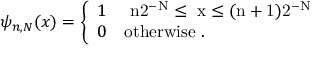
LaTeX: \psi _ { n , N } ( x ) = \left\{ \begin{array} { l l } { { 1 } } & { { \mathrm { ~ n 2 ^ { - N } \leq ~ x \leq ( n + 1 ) 2 ^ { - N } ~ } } } \\ { { 0 } } & { { \mathrm { o t h e r w i s e ~ . } } } \end{array} \right.